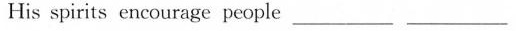
His spirits encourage people____ ____